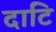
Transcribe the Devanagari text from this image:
दाटि